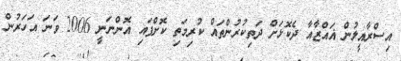
އިސްރާއީލުން ޣައްޒާއާ ދެކޮޅަށް ދަތިކުރުންތައް ކުރިމަތި ކޮށްފައި އޮންނަނީ 2006 ވަނަ އަހަރުން